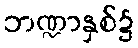
ဘဏ္ဍာနှစ်၌